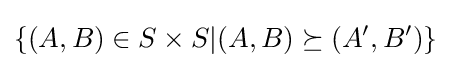
\{(A,B)\in S\times S|(A,B)\succeq (A',B')\}